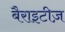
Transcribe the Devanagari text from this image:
बैराइटीज़